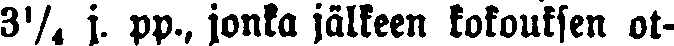
3¼ j. pp., jonka jälkeen kokouksen ot-